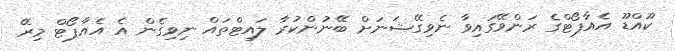
ކޫއްޑޫ އެއާޕޯޓްގެ ރަންވޭގައިވާ ނެވިގޭޝަނަށް ބޭނުންކުރާ ލައިޓްތައް ނިވިގެން އެ އެއާޕޯޓް މިރޭ